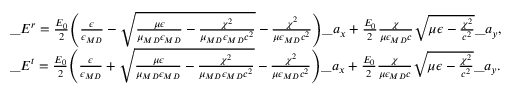
\begin{array} { r l } & { \_ E ^ { r } = { \frac { E _ { 0 } } { 2 } } \Bigg ( { \frac { \epsilon } { \epsilon _ { \/ { M D } } } } - \sqrt { { \frac { \mu \epsilon } { \mu _ { \/ { M D } } \epsilon _ { \/ { M D } } } } - { \frac { \chi ^ { 2 } } { \mu _ { \/ { M D } } \epsilon _ { \/ { M D } } c ^ { 2 } } } } - { \frac { \chi ^ { 2 } } { \mu \epsilon _ { \/ { M D } } c ^ { 2 } } } \Bigg ) \_ a _ { x } + { \frac { E _ { 0 } } { 2 } } { \frac { \chi } { \mu \epsilon _ { \/ { M D } } c } } \sqrt { \mu \epsilon - { \frac { \chi ^ { 2 } } { c ^ { 2 } } } } \_ a _ { y } , } \\ & { \_ E ^ { t } = { \frac { E _ { 0 } } { 2 } } \Bigg ( { \frac { \epsilon } { \epsilon _ { \/ { M D } } } } + \sqrt { { \frac { \mu \epsilon } { \mu _ { \/ { M D } } \epsilon _ { \/ { M D } } } } - { \frac { \chi ^ { 2 } } { \mu _ { \/ { M D } } \epsilon _ { \/ { M D } } c ^ { 2 } } } } - { \frac { \chi ^ { 2 } } { \mu \epsilon _ { \/ { M D } } c ^ { 2 } } } \Bigg ) \_ a _ { x } + { \frac { E _ { 0 } } { 2 } } { \frac { \chi } { \mu \epsilon _ { \/ { M D } } c } } \sqrt { \mu \epsilon - { \frac { \chi ^ { 2 } } { c ^ { 2 } } } } \_ a _ { y } . } \end{array}